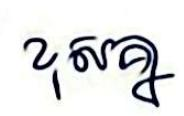
ខុសគ្នា